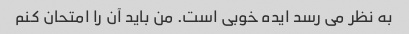
به نظر می رسد ایده خوبی است. من باید آن را امتحان کنم